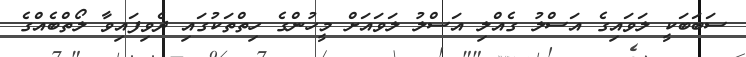
ސަބަބަކީ ލަވައިގެ އަސްލު ގެއްލި އަސްލު ލަވައަށް މީހުންގެ ހިތްތަކުގައި ދެވިފައިވާ ލޯތްބެއްގެ